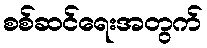
စစ်ဆင်ရေးအတွက်